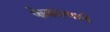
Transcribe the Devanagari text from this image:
फेकल्याने